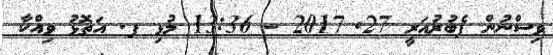
ވިސްނުން ފެބުރުއަރީ 27